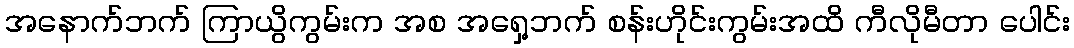
အနောက်ဘက် ကြာယွိကွမ်းက အစ အရှေ့ဘက် စန်းဟိုင်းကွမ်းအထိ ကီလိုမီတာ ပေါင်း